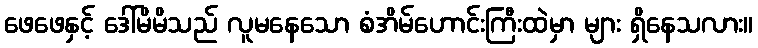
ဖေဖေနှင့် ဒေါ်မိမိသည် လူမနေသော စံအိမ်ဟောင်းကြီးထဲမှာ များ ရှိနေသလား။